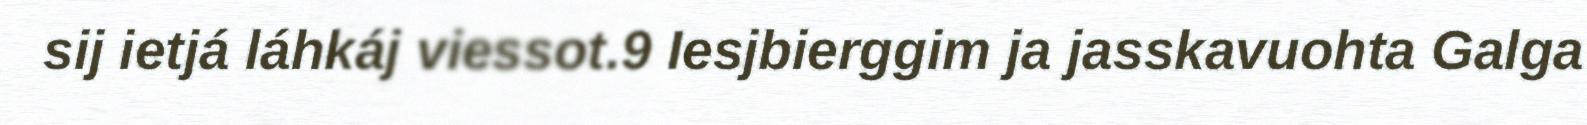
sij ietjá láhkáj viessot.9 Iesjbierggim ja jasskavuohta Galga